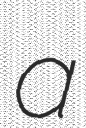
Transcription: a